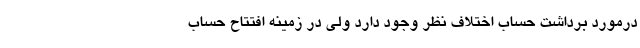
درمورد برداشت حساب اختلاف نظر وجود دارد ولی در زمینه افتتاح حساب